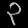
Digit: ၃